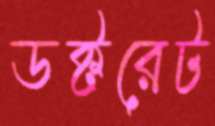
ডক্টরেট